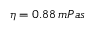
\eta = 0 . 8 8 \, m P a s